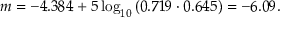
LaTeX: m = - 4 . 3 8 4 + 5 \log _ { 1 0 } { \left( 0 . 7 1 9 \cdot 0 . 6 4 5 \right) } = - 6 . 0 9 .